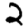
Digit: 2